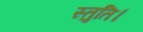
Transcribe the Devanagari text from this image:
स्तुति।